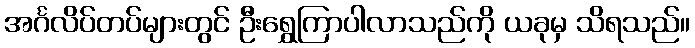
အင်္ဂလိပ်တပ်များတွင် ဦးရွှေကြာပါလာသည်ကို ယခုမှ သိရသည်။